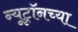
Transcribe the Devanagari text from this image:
न्यूट्रॉनच्या